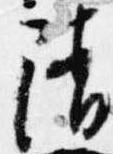
陵